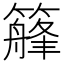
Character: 𥴣